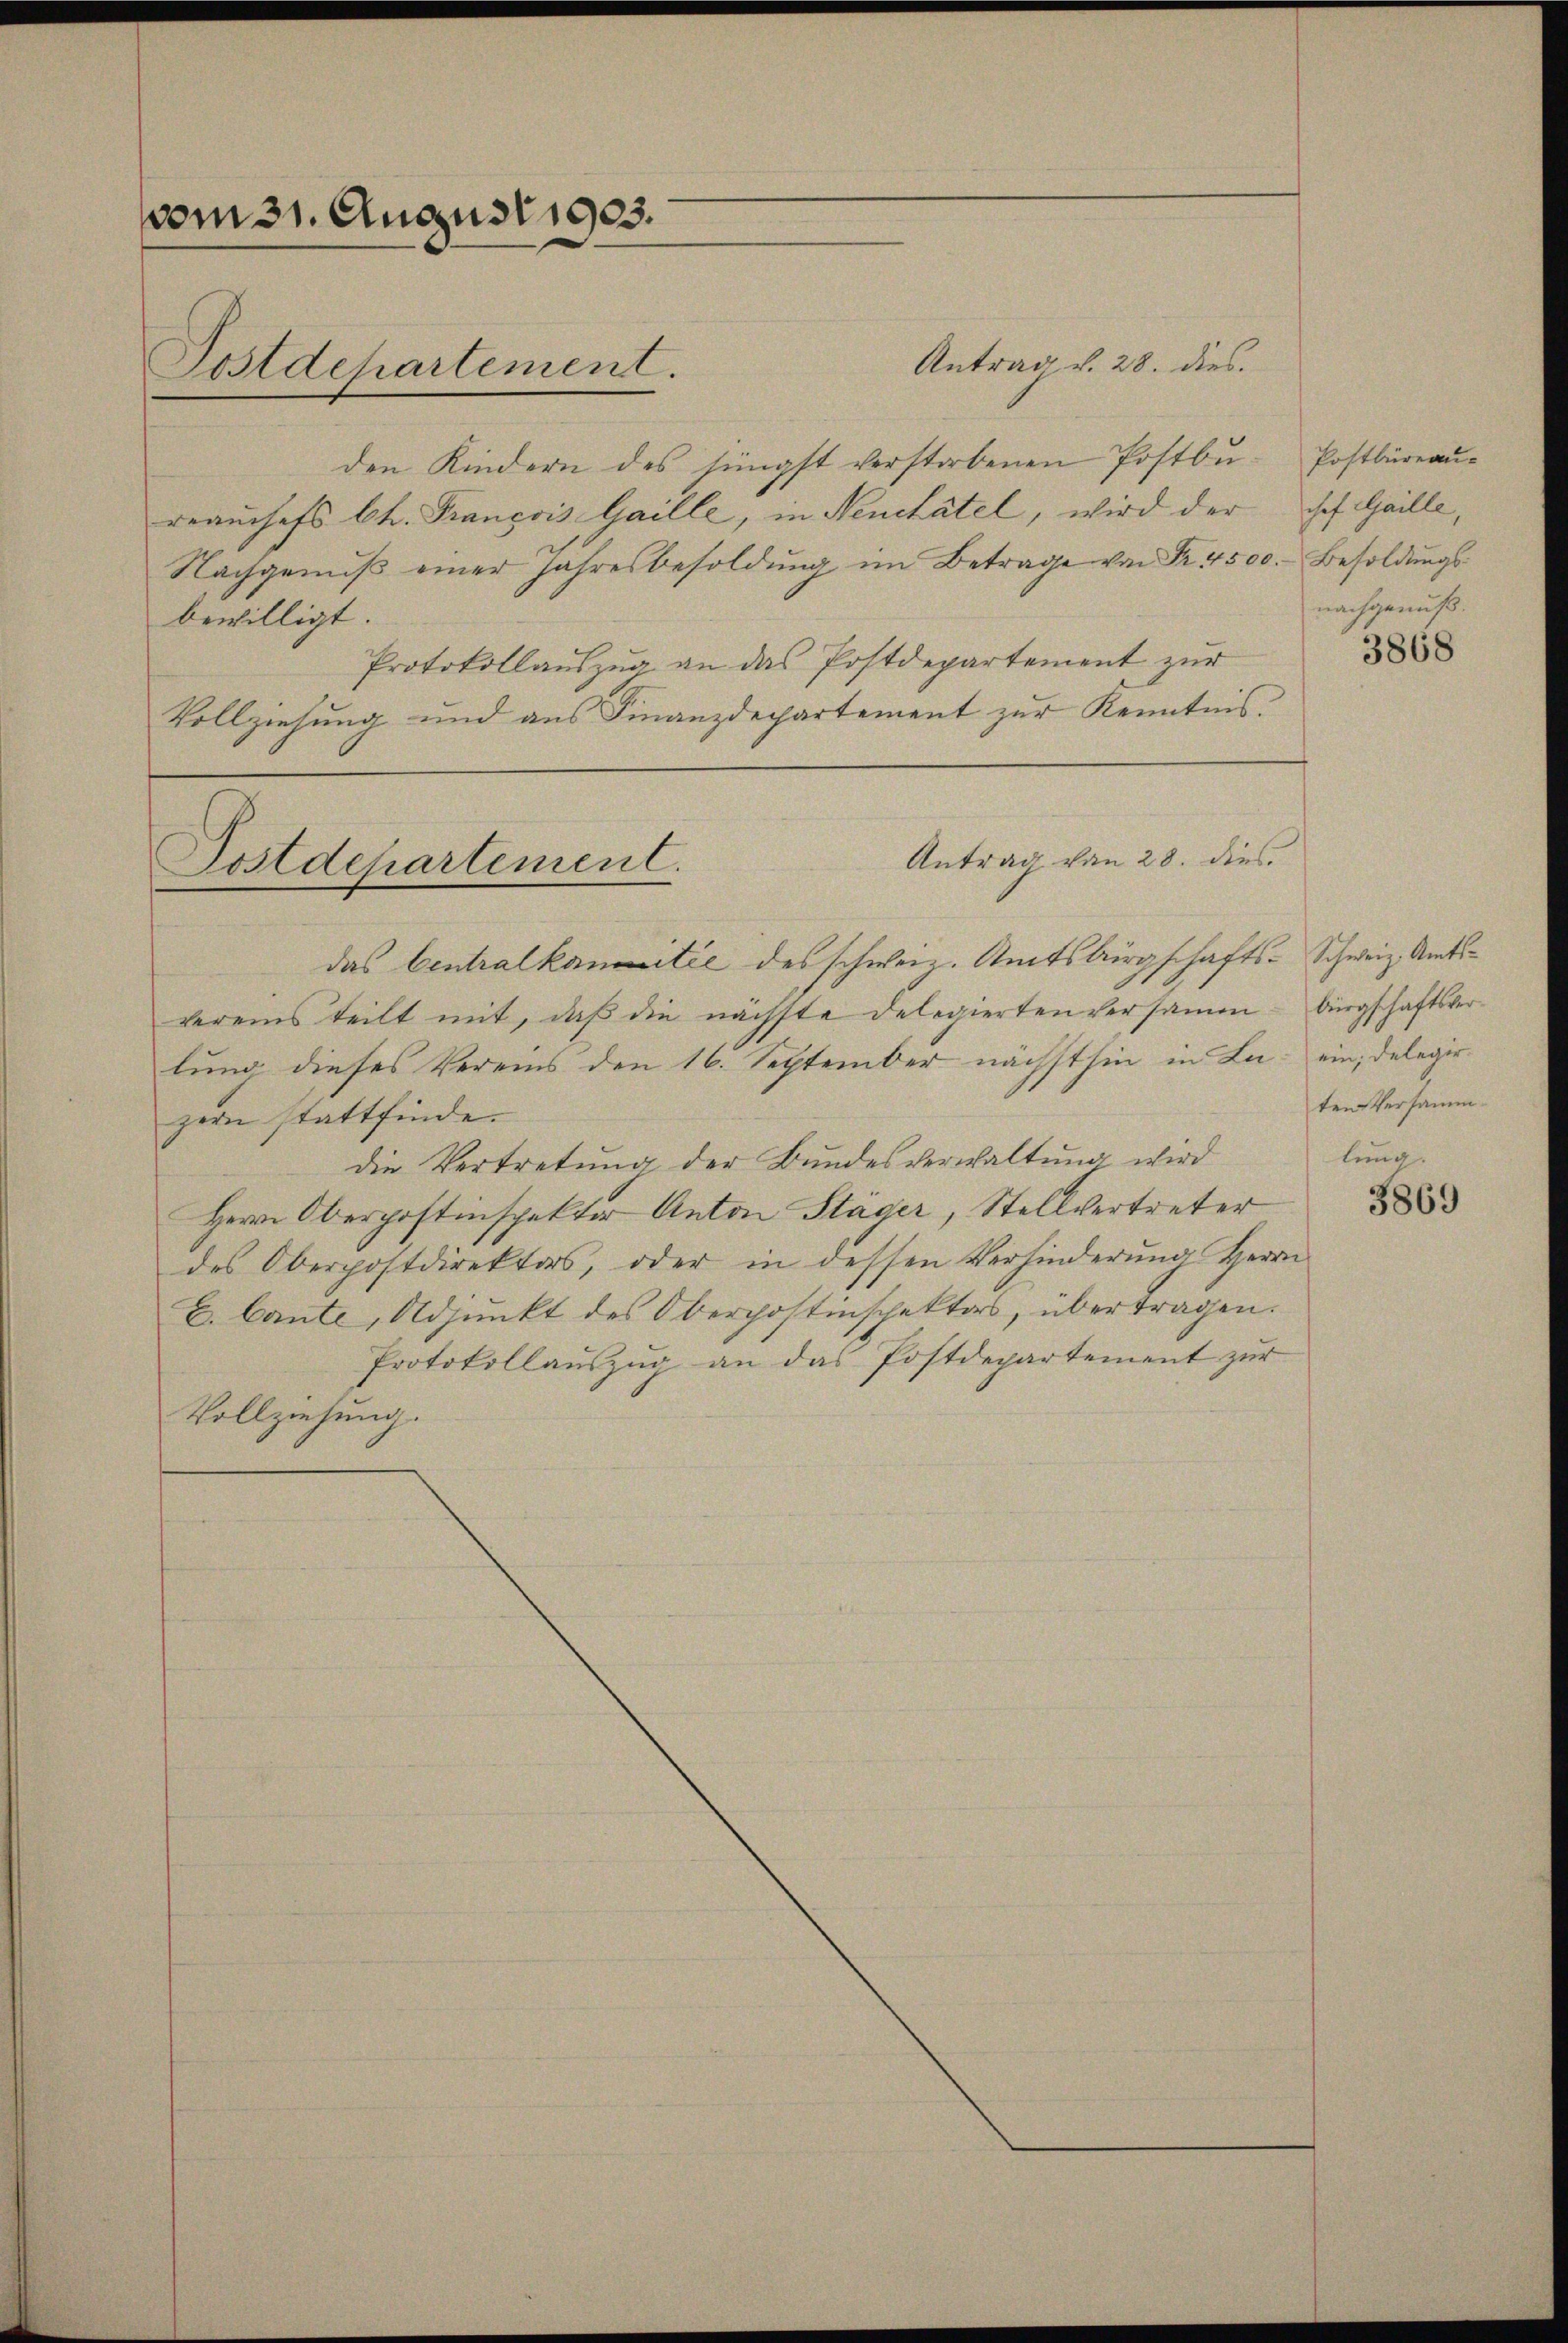
vom 31. August 1903.
Postdepartement.

Postdepartement.

Antrag von 28. dies

Antrag d. 28. dies
den Kindern des jüngst verstorbenen Postbureaŭchefs Ch. Francois Gaille, in Neuchâtel, wird der hef. Gaille,
Nachgenŭβ einer Jahresbesoldŭng im Betrage von Fr. 4500. Besoldŭngs-
bewilligt
Protokollauszug an das Postdepartement zur
Vollziehung und aus Finanzdepartement zur Kenntnis.
das Centralkontie des schweiz. Amtsbürgschafts-Schweiz. Amtsvereins teilt mit, daß die nächste Delegierten versamm
lung dieses Vereins den 16. September nächsthin in La- ein, Delegirzern stattfinde.
die Vertretung der Bundesverwaltung wird
Herrn Oberpostinspekter Anton Stäger, Stellvertreter
des Oberpostdirektors, oder in dessen Verhinderung Herrn
E. Cante, Adjunkt des Oberpostinspektors, übertragen.
Protokollauszug an das Postdepartement zur
Vollziehung.

Postbüreau.
nachgenuß.

3868

bürgschaftsverten Versamm
lung.

3869